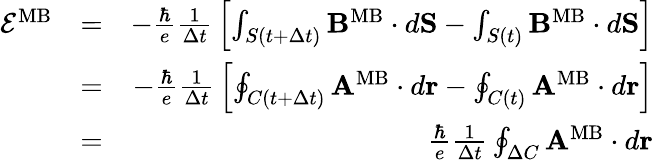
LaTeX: \begin{array}{rlr}{{\cal E}^{\mathrm{MB}}}&{=}&{-{\frac{\hbar}{e}}{\frac{1}{\Delta t}}\left[\int_{S(t+\Delta t)}{\mathbf B}^{\mathrm{MB}}\cdot d{\mathbf S}-\int_{S(t)}{\mathbf B}^{\mathrm{MB}}\cdot d{\mathbf S}\right]}\\ &{=}&{-{\frac{\hbar}{e}}{\frac{1}{\Delta t}}\left[\oint_{C(t+\Delta t)}{\mathbf A}^{\mathrm{MB}}\cdot d{\mathbf r}-\oint_{C(t)}{\mathbf A}^{\mathrm{MB}}\cdot d{\mathbf r}\right]}\\ &{=}&{{\frac{\hbar}{e}}{\frac{1}{\Delta t}}\oint_{\Delta C}{\mathbf A}^{\mathrm{MB}}\cdot d{\mathbf r}}\end{array}